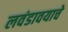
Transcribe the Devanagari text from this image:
लवंडावयाचे